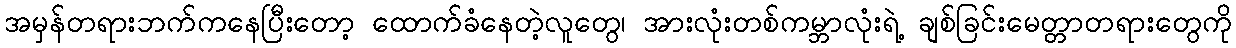
အမှန်တရားဘက်ကနေပြီးတော့ ထောက်ခံနေတဲ့လူတွေ၊ အားလုံးတစ်ကမ္ဘာလုံးရဲ့ ချစ်ခြင်းမေတ္တာတရားတွေကို